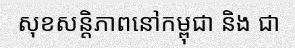
សុខសន្តិភាពនៅកម្ពុជា និង ជា